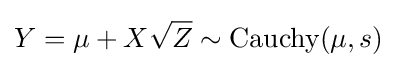
Y=\mu +X{\sqrt {Z}}\sim \operatorname {Cauchy} (\mu ,s)